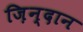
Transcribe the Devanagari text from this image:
ज़िन्दान